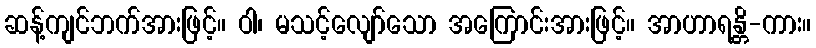
ဆန့်ကျင်ဘက်အားဖြင့်။ ဝါ၊ မသင့်လျော်သော အကြောင်းအားဖြင့်။ အာဟာရန္တိ-ကား။